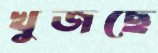
খুজছে